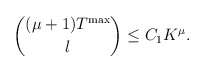
\begin{align*} \binom{(\mu+1)T^{\max}}{l}\leq C_1 K^\mu.\end{align*}